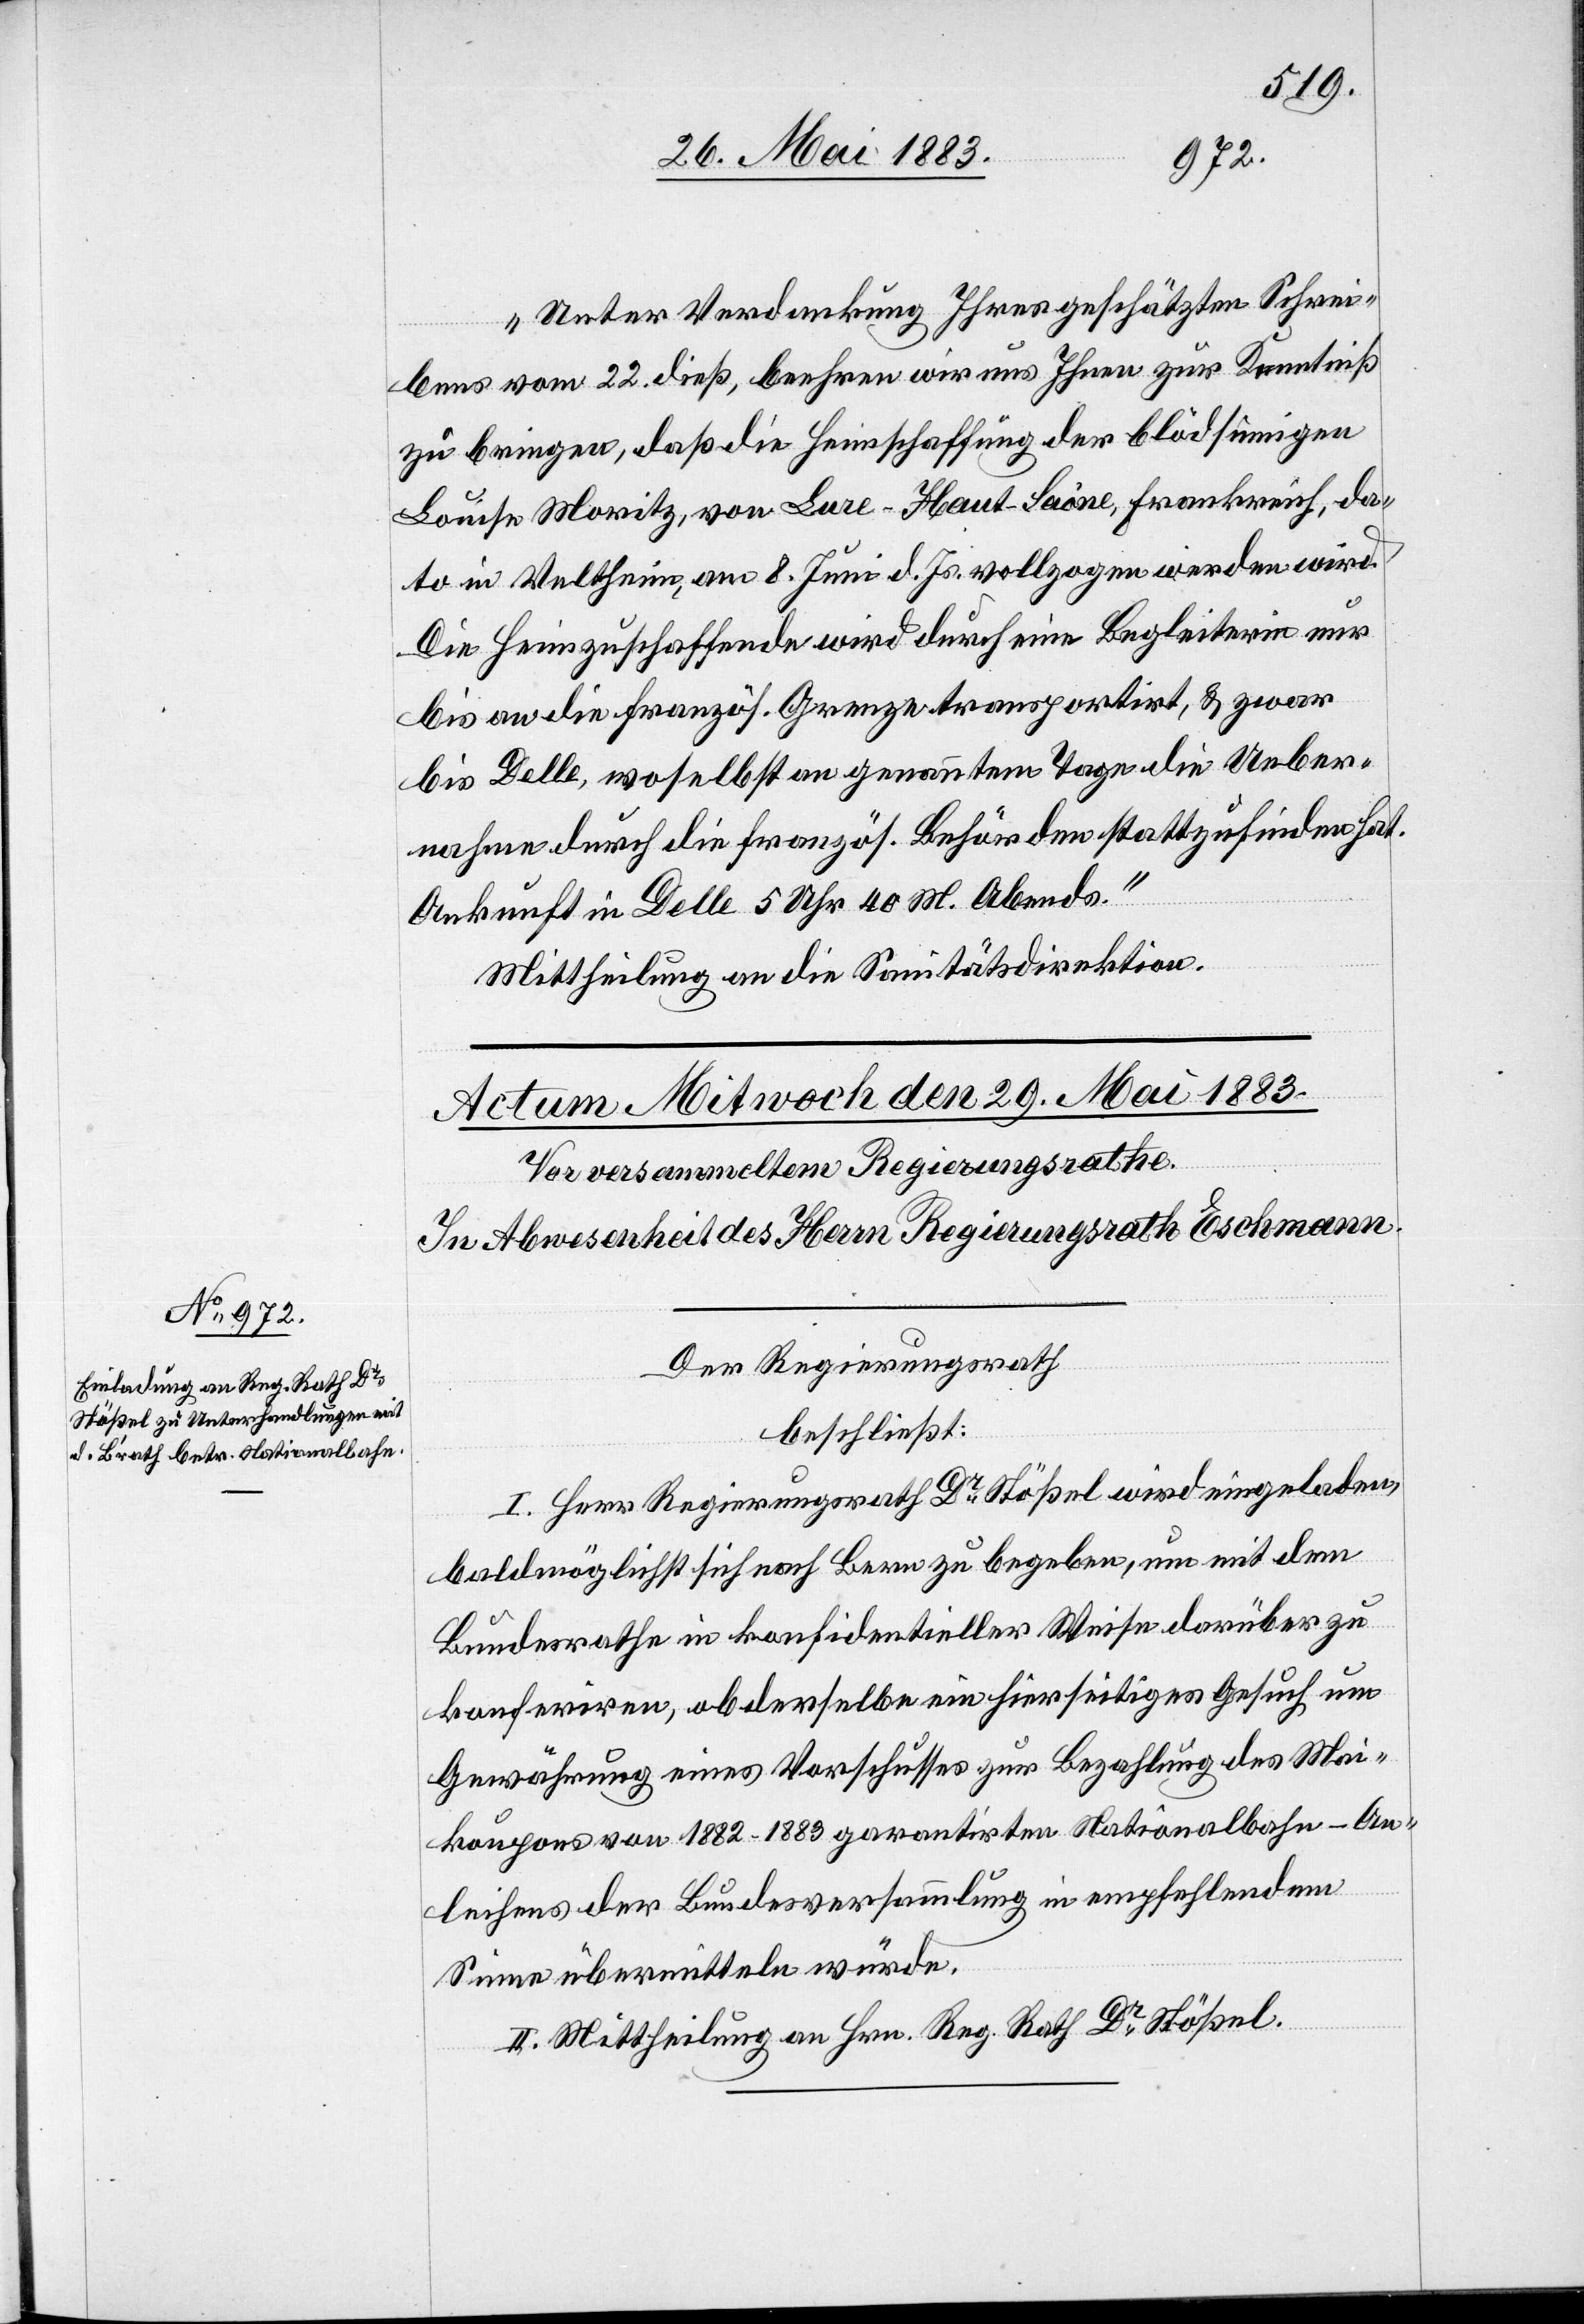
„Unter Verdankung Ihres geschätzten Schrei¬
bens vom 22. dieß, beehren wir uns Ihnen zur Kenntniß
zu bringen, daß die Heimschaffung der blödsinnigen
Louise Moritz, von Lure - Haut-Saône, Frankreich, da¬
to in Veltheim, am 8. Juni d. Js. vollzogen werden wird.
Die Heimzuschaffende wird durch eine Begleiterin nur
bis an die französ. Grenze transportirt, & zwar
bis Delle, woselbst an genanntem Tage die Ueber¬
nahme durch die französ. Behörden stattzufinden hat.
Ankunft in Delle 5 Uhr 40 M. Abends.“
Mittheilung an die Sanitätsdirektion.
Der Regierungsrath
beschließt:
I. Herr Regierungsrath Dr Stößel wird eingeladen,
baldmöglichst sich nach Bern zu begeben, um mit dem
Bundesrathe in konfidentieller Weise darüber zu
konferiren, ob derselbe ein hierseitiges Gesuch um
Gewährung eines Vorschusses zur Bezahlung des Mai¬
koupons von 1882–1883 garantirten Nationalbahn-An¬
leihens der Bundesversammlung in empfehlendem
Sinne übermitteln würde.
II. Mittheilung an Hrn. Reg. Rath Dr Stößel.